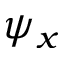
\psi _ { x }